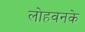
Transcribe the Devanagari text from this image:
लोहवनके